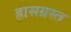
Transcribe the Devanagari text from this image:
ह्रासग्रस्त